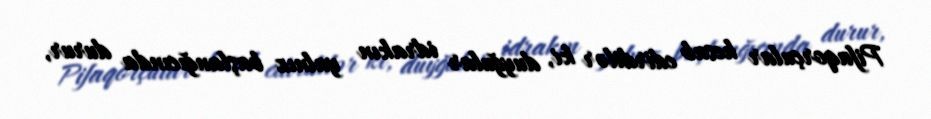
Pifaqorçular hesab edirdilər ki, duyğular idrakın yalnız başlanğıcında durur,